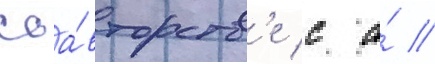
соа́вторств'е с а́ //